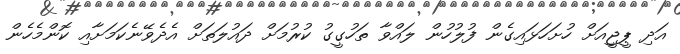
އަދި ޕީޖީއަށް ހުށަހަޅައިގެން ފުލުހުން ލައްވާ ތަހުގީގު ކުރުމަށް ދައުލަތަށް އެދެވޭނެކަމަށާއި ކޮންމެހެން